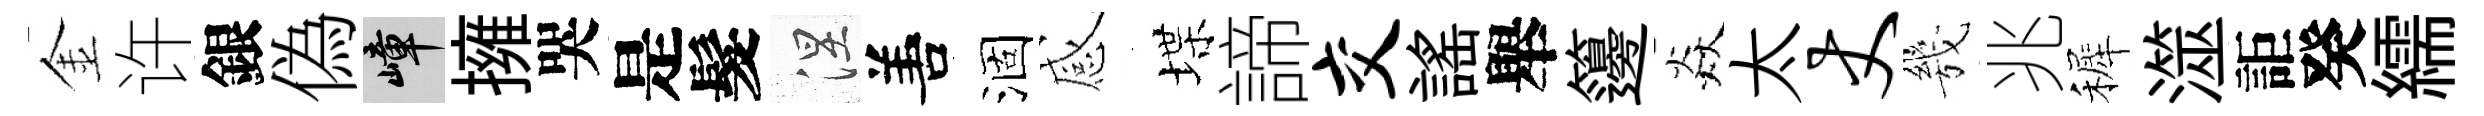
金许銀偽嶂擁哭是髮涅𠵊涸感堞諦交謡舉籩焱太丈㡬兆裤澨詎癸繻